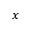
x